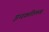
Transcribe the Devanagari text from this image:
इधकश्लिख